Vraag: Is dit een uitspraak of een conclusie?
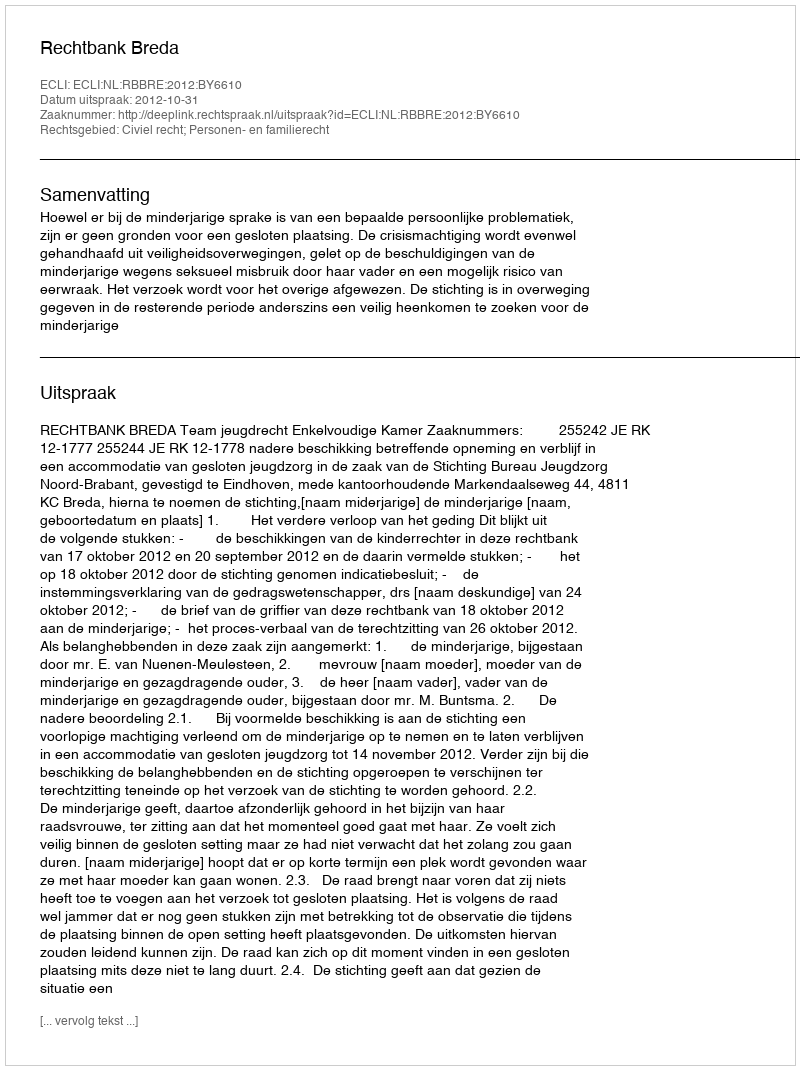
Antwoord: Uitspraak